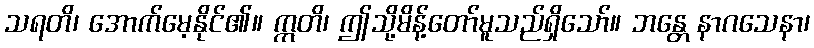
သရတိ၊ အောက်မေ့နိုင်၏။ ဣတိ၊ ဤသို့မိန့်တော်မူသည်ရှိသော်။ ဘန္တေ နာဂသေနာ၊